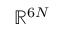
\mathbb { R } ^ { 6 N }